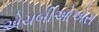
એચબીઓએસ